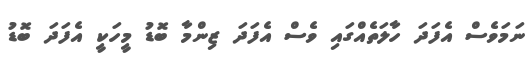
ނަމަވެސް އެފަދަ ހާލަތެއްގައި ވެސް އެފަދަ ޒިންމާ ބޮޑު މީހަކީ އެފަދަ ބޮޑު